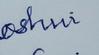
Signature authenticity: forged